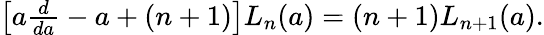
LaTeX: \begin{array}{r}{\left[a\frac{d}{da}-a+(n+1)\right]L_{n}(a)=(n+1)L_{n+1}(a).}\end{array}